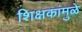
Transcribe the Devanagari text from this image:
शिक्षकांमुळे